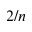
2 / n